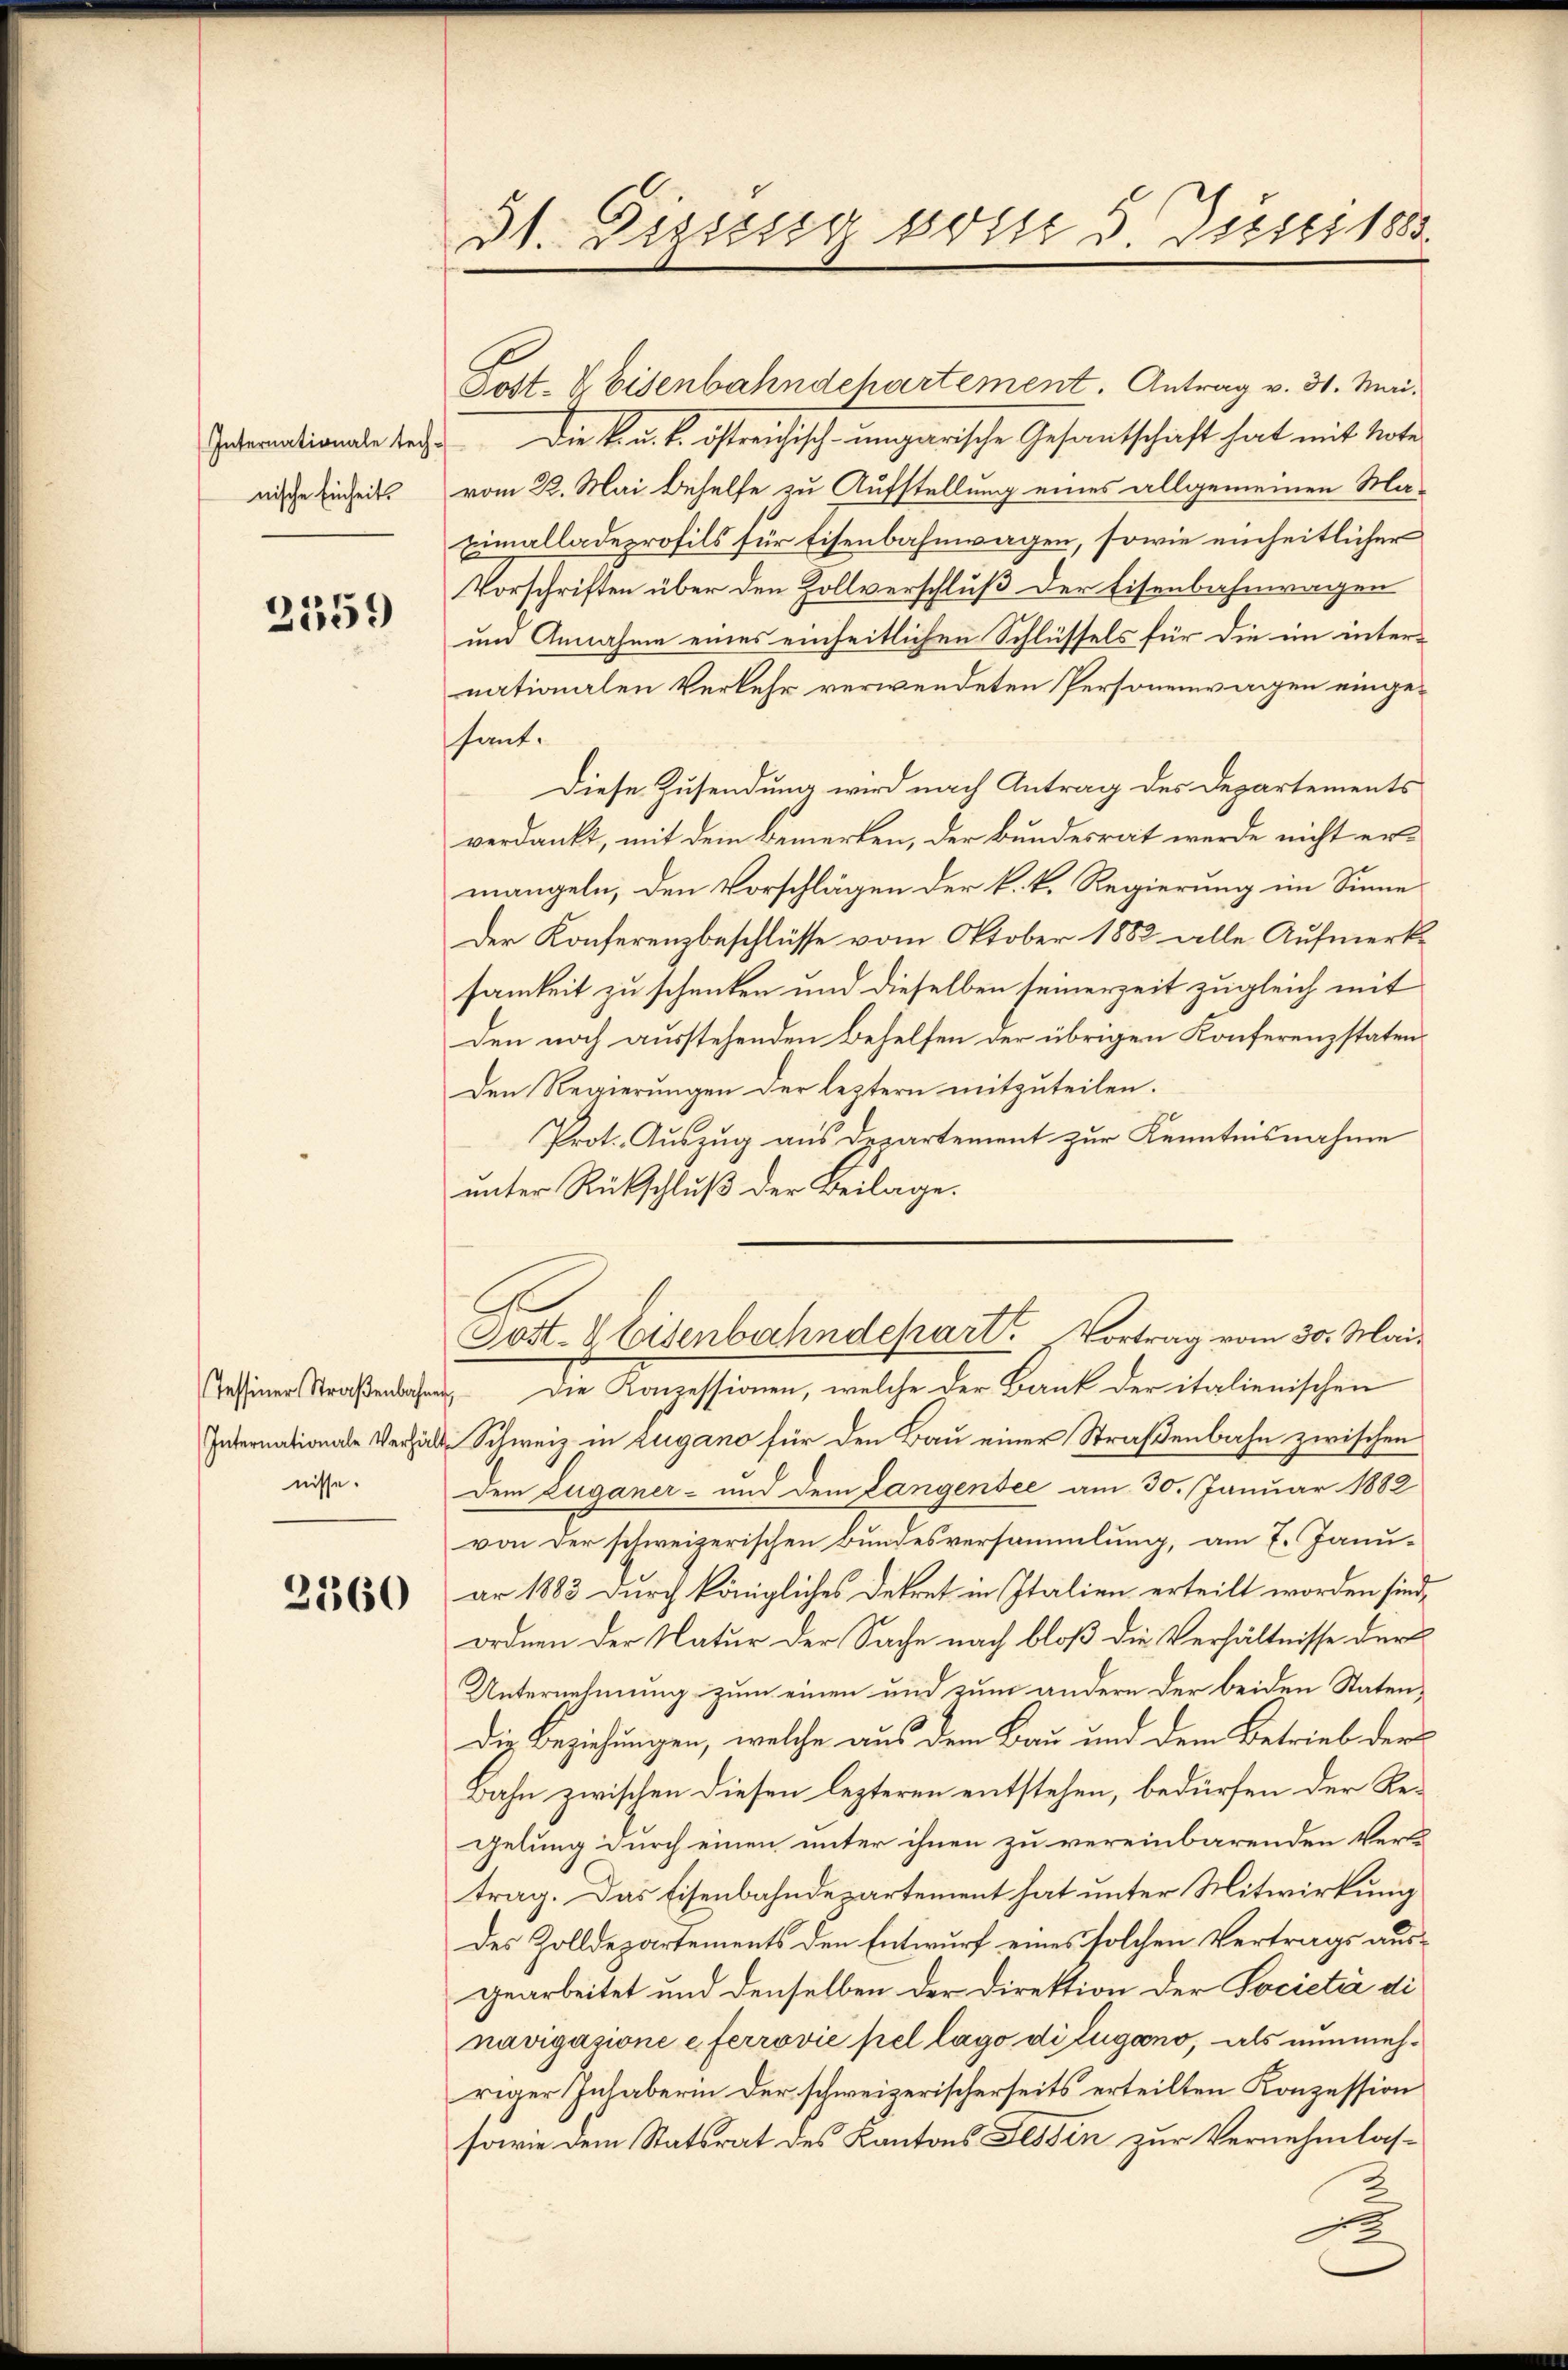
Internationale tech-
nische Einheit

2359

Internationale Verhält
nisse.

2360

31. Dissssig sont 5. Juni 1883.

Post- & Eisenbahndepartement. Antrag v. 31. Mai.
Die k. u. k. östreichisch-ungarische Gesantschaft hat mit Note
vom 22. Mai Behelfe zu Aufstellung eines allgemeinen Ma¬
Eimalladeprofils für Eisenbahnwagen, sowie einheitlicher
Vorschriften über den Zollverschluß der Eisenbahnwagen
um Annahme eines einheitlichen Schlüssels für die im internationalen Verkehr verwendeten Personenwagen eingehant.
Diese Zusendung wird nach Antrag des Departements
verdankt, mit dem bemerken, der Bundesrat werde nicht er-
mangeln, den Vorschlägen der k. k. Regierung im Sinne
Der Konferenzbeschlüsse vom Oktober 1882 alle Aufmerksamkeit zu schenken und dieselben seinerzeit zugleich mit
Den noch ausstehenden Behelfen der übrigen Konferenzstaten¬
Den Regierungen der leztern mitzuteilen.
Prot. Auszug aus Departement zur Kenntnisnahme
unter Rückschluß der Beilage.
Post- & Eisenbahndepart. Vortrag vom 30. Mai
Tessiner Straßenbahnung die Konzessionen, welche der Bank der italienischen
Schweiz in Lugano für den Bau einer Straßenbahn zwischen
Dem Zuganer- und dem Langensee am 30. Januar 1882
von der schweizerischen Bundesversammlung, am 7. Januar 1883 durch königliches Dekret in Italien erteilt worden sind,
ordnen der Natur der Sache nach bloß die Verhältnisse der
Unternehmung zum einen und zum andere der beiden Statendie Beziehungen, welche aus dem Bau und dem Betrieb der
Bahn zwischen diesen lezteren entstehen, bedürfen der Regelung durch einen unter ihnen zu vereinbarenden Verl
trag. Das Eisenbahndepartement hat unter Mitwirkung
des Zolldepartements den Entwurf eines solchen Vertrags ausgearbeitet und denselben der Direktion der Societia di
navigasione e ferrović pel lago di Lugano, als nunmehriger Inhaberin der schweizerischerseits erteilten Konzession
sowie dem Statsrat des Kantons Tessin zur Vernehmlas¬